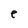
Character: e